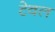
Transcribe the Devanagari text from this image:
टेवल